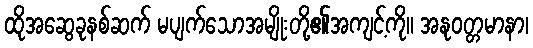
ထိုအဆွေခုနစ်ဆက် မပျက်သောအမျိုးတို့၏အကျင့်ကို။ အနုဝတ္တမာနာ၊